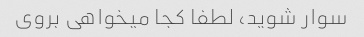
سوار شوید، لطفا کجا میخواهی بروی